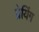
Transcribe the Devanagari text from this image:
प्रेयिंग